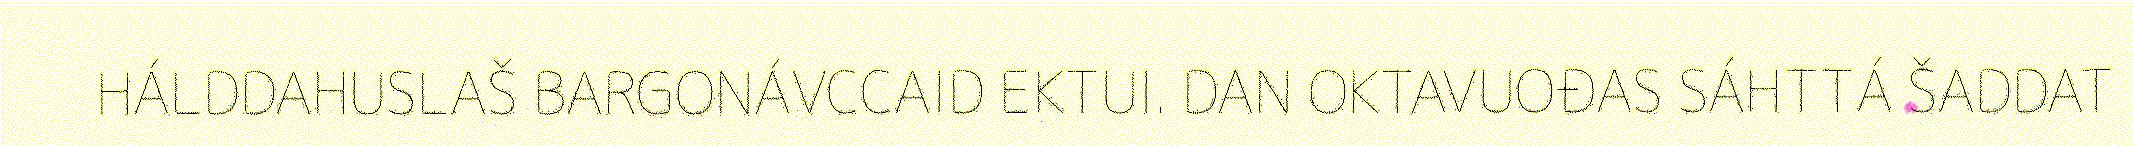
HÁLDDAHUSLAŠ BARGONÁVCCAID EKTUI. DAN OKTAVUOĐAS SÁHTTÁ ŠADDAT